King Institute of Preventive Medicine Bacteriolog. Section reports 1907-08
Year: 1907
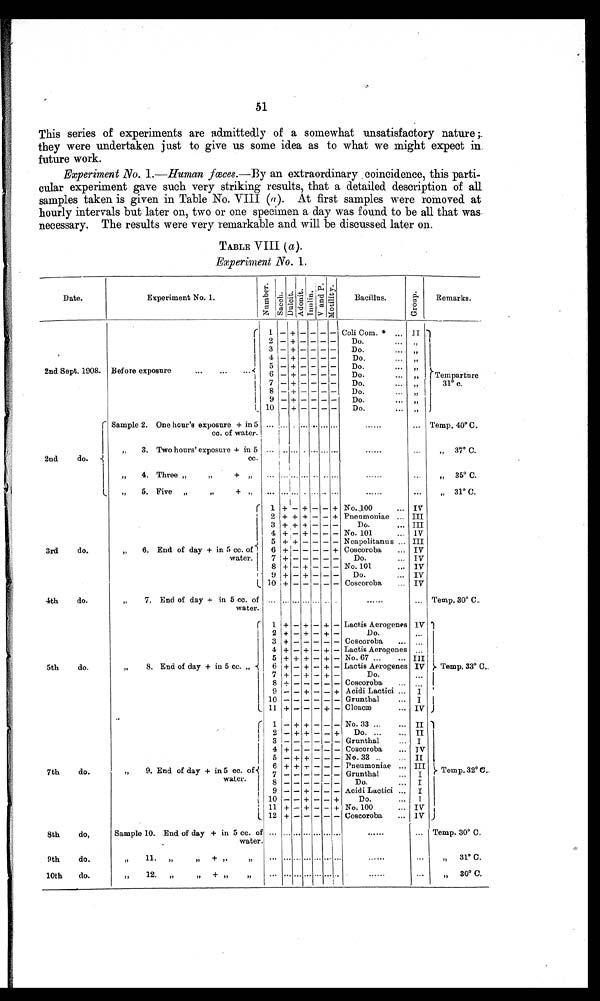
51
This series of experiments are admittedly of a somewhat unsatisfactory nature ;.
they were undertaken just to give us some idea as to what we might expect in.
future work.
Experiment No. 1.—Human fœees.—By an extraordinary coincidence, this parti-
cular experiment gave such very striking results, that a detailed description of all
samples taken is given in Table No. VIII (a). At first samples were romoved at
hourly intervals but later on, two or one specimen a day was found to be all that was
necessary. The results were very remarkable and will be discussed later on.
TABLE VIII (a).
Experiment No. 1.
Date.
Experiment No. 1.
N u m b e r
S a c c y
D u l c i t A d o n i t
V a n d P
Bacillus.
Group
Remarks
r 1 –+– – -- Coli Com.* . . . lI --
I 23
- --
•••
D D o
o .
,,
4 –
- - --
Do.
2nd Sept. 1908. Before exposure
...
...
...
5
6
–
– +
-—
– –
--
– –
Do.
Do.
. . .
„
Temparture
–
- - --
Do.
31° c.
1
8 –+ – – – –
Do.
I_
i 9
10
– +
–
–
-
–
-
– –
--
Do.
...
Do.
,,
Sample 2. One hour's exposure + in 5
cc. of water.
... ... . ... ... ... ...
... Temp. 40° C.
2nd
do.
„
3. Two hours' exposure + in 5
cc.
• • ... . • • • • • • ••
37° C.
.
„
4. Three „
„
„ 35° C.
„
5. Five „
/7
+
„
•••
• • •
•••
„
31° C.
1 1 + I – + – – + No.,100
... IV
2 + + + – – + Pueumoniae ... III
3 + + + – – –
Do.
... III
4 +
+- -- No. 101
... IV
j
5 + + – – – – Neapolitanus ... III
3rd
do.
„
6. End of day + in 5 cc. of 1
6 + – – – – + Coscoroba
... IV
water.
7 1+
Do.
... IV
8 +
+- -- No. 101
... /V
9 +
+- --
Do.
... IV
t. 10 1+
Coscoroba
... IV
4th
do.
„
7. End of day + in 5 cc. of
water.
... ... ... ... ... .. .
... Temp. 30° C.
1 1 + – + –
– Lactis Aerogenes 1V
2 + – + –
–
Do.
...
3
4
+
+ – + – +
Coscoroba
..,
– Lactis Aerogenes
...
..
5 4. 4. 4. – 4. – No. 67..
••• III'
5th
do.
„
8. End of day + in 5 cc. „
6 + – + – + – Lactis Aerogenes IV }- Temp. 33° C.
7 +
+
+–
Do.
...
8 +
Coscoroba
... ,
.
9
+ – – + Acidi Lactici ... I
10
Grunthal
... I
L 11 + – – + – Cloacæ
• •• IV
1 1 _ ÷ ± _ _ _ No. 33 ...
... II 1
2 –
+- -+
Do. ...
II
3
Grunthal
... I
4 +
Coscoroba
... IV
5 – + + – – – No. 33 ..
II
7th
do.
„
9. End of day + in 5 cc. of .
6
7
+ + + – – – Pneumoniae ...
Grunthal
III 1
Temp. 32° C.
water.
8 – – – –
...
–
Do.
...
I
9 – – + – – – Acidi Lactici ...
I
10 – – + – – +
Do.
...
1
11 + – + – — + No. 100
... IV
12 +
Coscoroba
... IV J
8th
do,
Sample 10. End of day + in 5 cc. of ... ... ... ... ... ... ...
••• •...
f...
Temp. 30° C.
water.
9th
do.
10th
do.
I/
11.
,,
„
12.
„
IP
•••
,,
31° C.
... •
„
30° C.